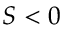
S < 0